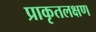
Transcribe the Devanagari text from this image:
प्राकृतलक्षण